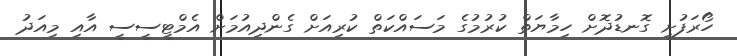
ހޯރަފުށި ގޮނޑުދޮށް ހިމާޔަތް ކުރުމުގެ މަސައްކަތް ކުރިއަށް ގެންދިއުމަށް އެމްޓީސީސީ އާއި މިއަދު